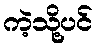
ကဲ့သို့ပင်